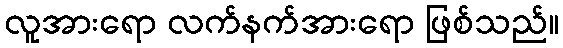
လူအားရော လက်နက်အားရော ဖြစ်သည်။